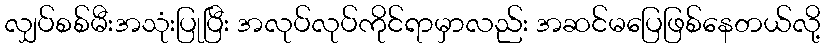
လျှပ်စစ်မီးအသုံးပြုပြီး အလုပ်လုပ်ကိုင်ရာမှာလည်း အဆင်မပြေဖြစ်နေတယ်လို့